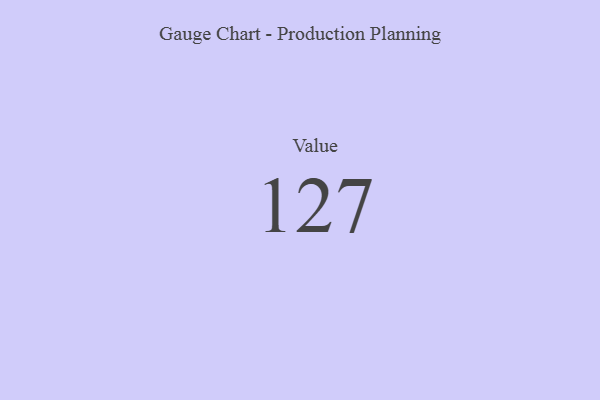
{"axis": {"x": "Metric", "y": "Value"}, "legend": [""], "data": [{"x": "Value", "y": 127, "type": ""}]}